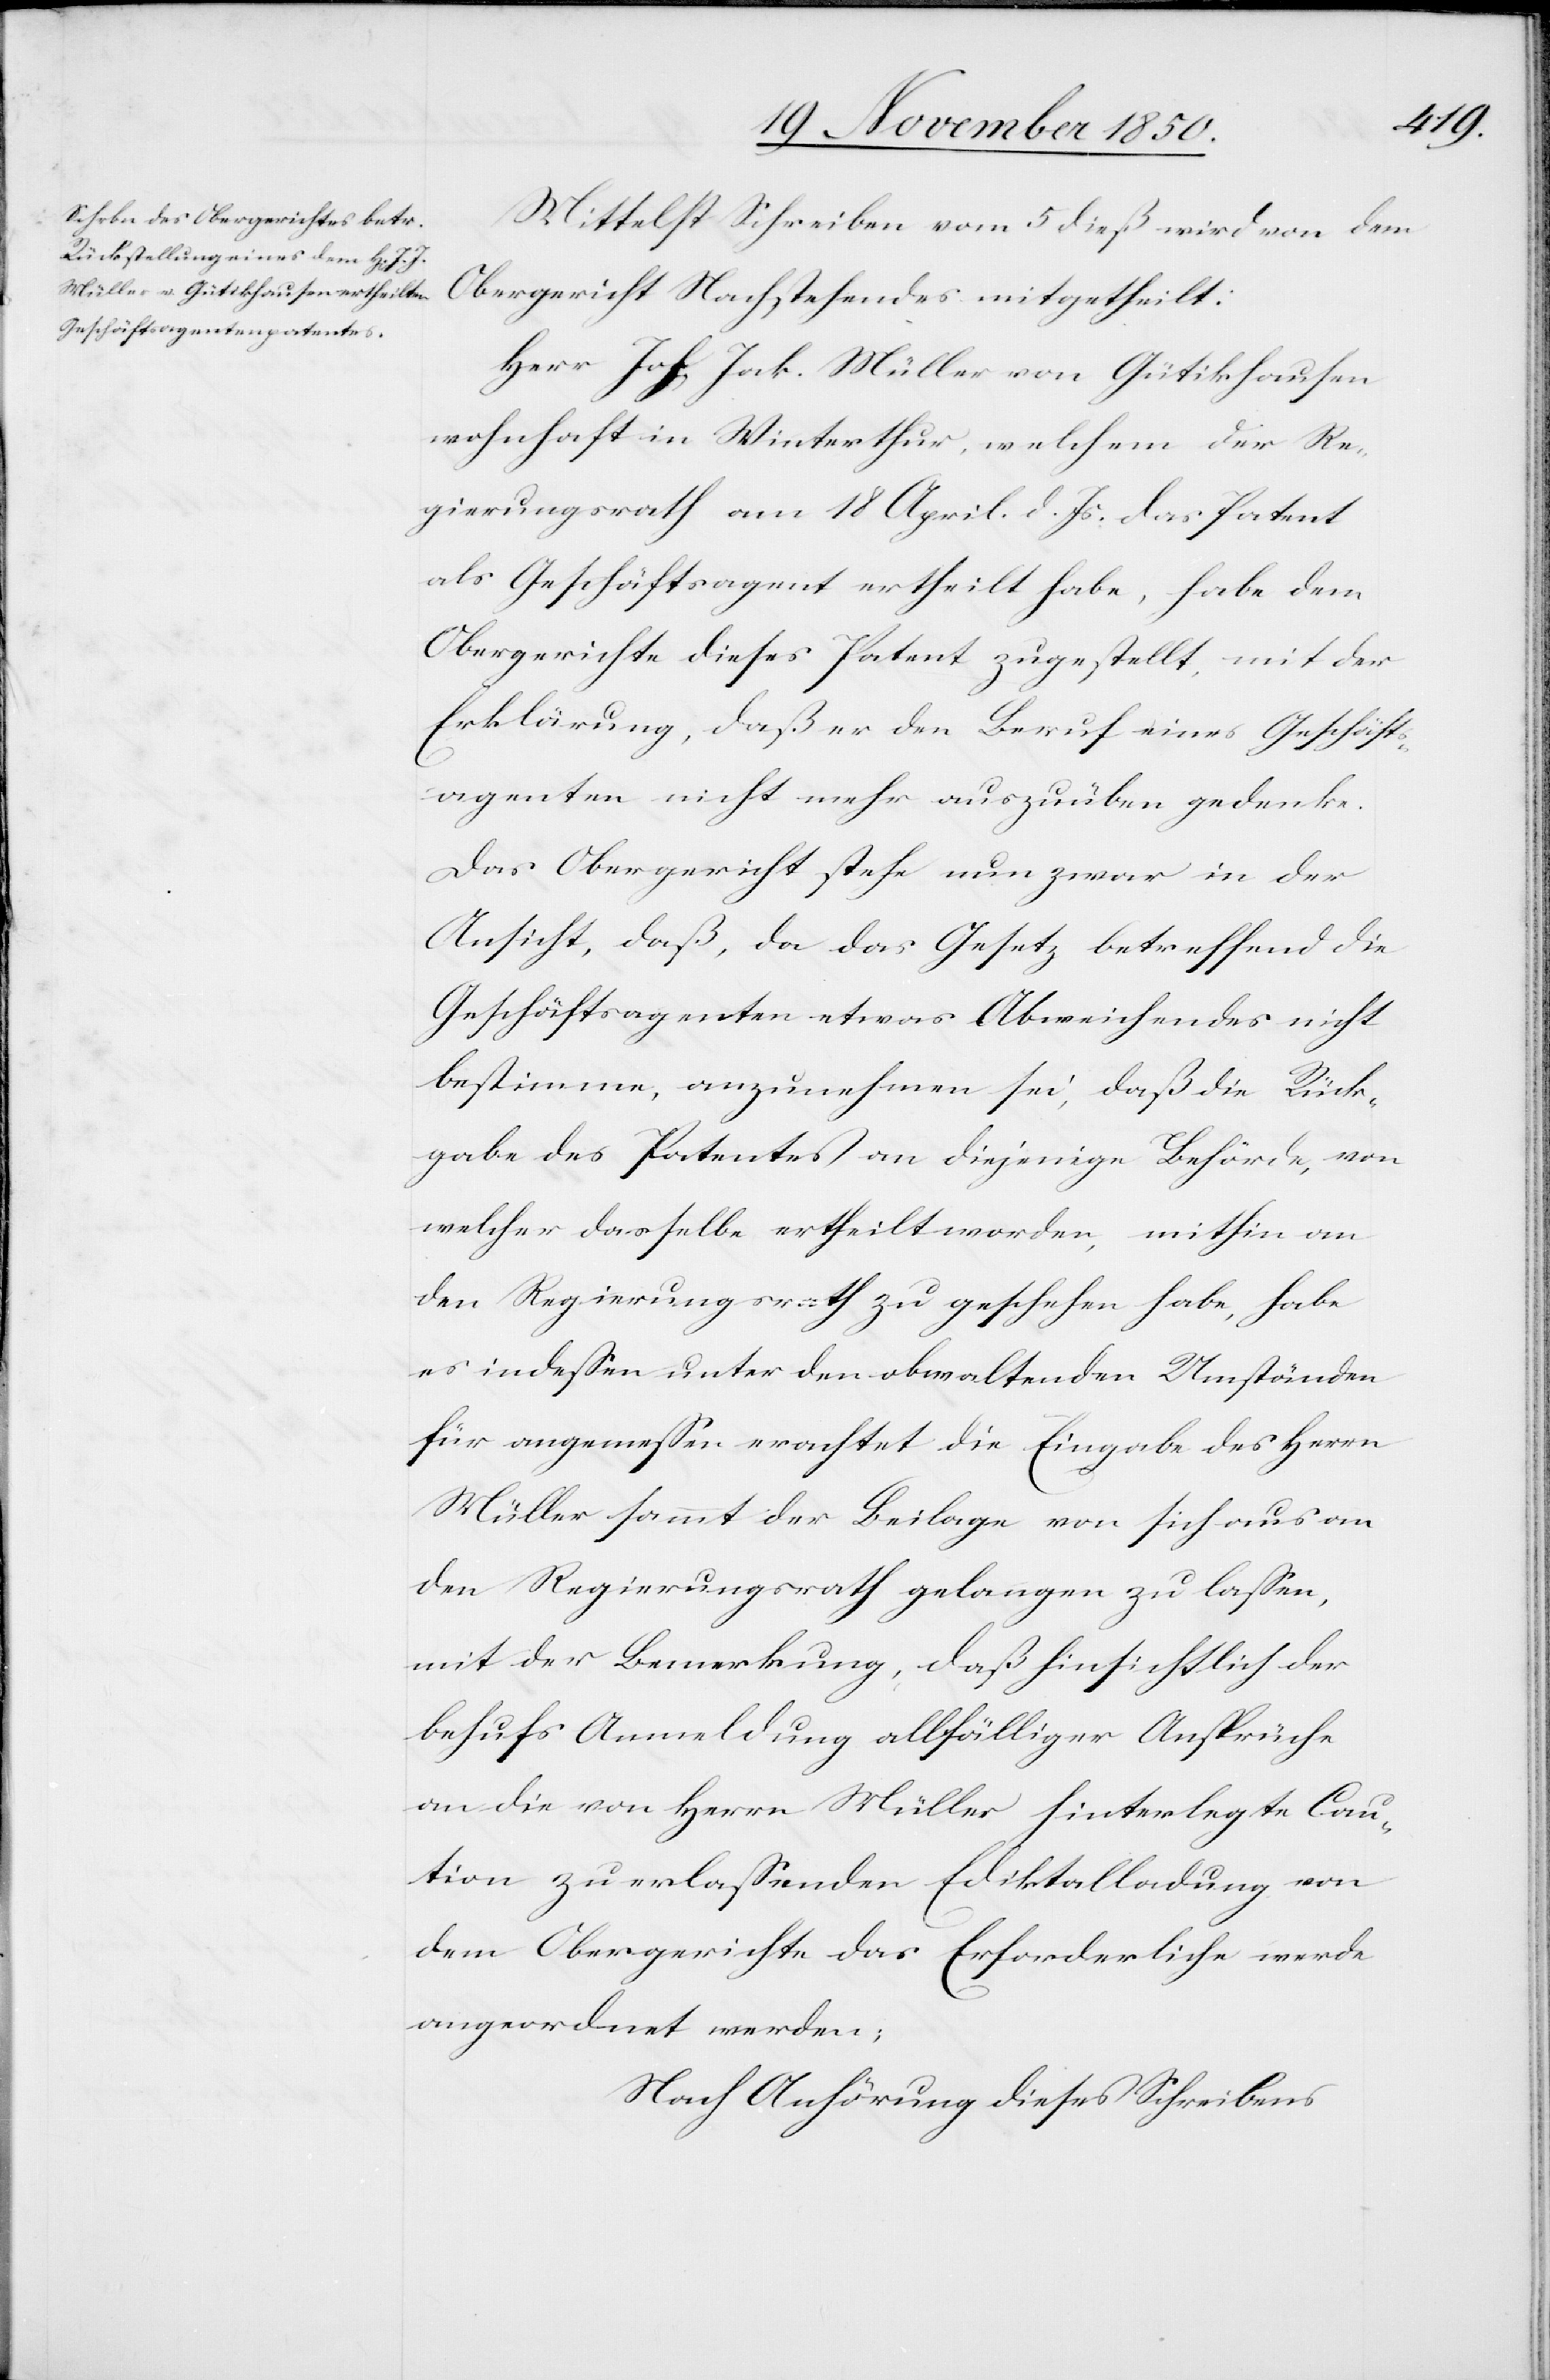
Mittelst Schreiben vom 5 dieß wird von dem
Obergericht Nachstehendes mitgetheilt:
Herr Joh. Jak. Müller von Gütikhausen
wohnhaft in Winterthur, welchem der Re¬
gierungsrath am 18 April. d. Js. das Patent
als Geschäftsagent ertheilt habe, habe dem
Obergerichte dieses Patent zugestellt, mit der
Erklärung, daß er den Beruf eines Geschäfts¬
agenten nicht mehr auszuüben bedenke.
Das Obergericht stehe nun zwar in der
Ansicht, daß, da das Gesetz betreffend die
Geschäftsagenten etwas Abweichendes nicht
bestimme, anzunehmen sei, daß die Rück¬
gabe des Patentes an diejenige Behörde, von
welcher dasselbe ertheilt worden, mithin an
den Regierungsrath zu geschehen habe, habe
es indessen unter den obwaltenden Umständen
für angemessen erachtet die Eingabe des Herrn
Müller sammt der Beilage von sich aus an
den Regierungsrath gelangen zu lassen,
mit der Bemerkung, daß hinsichtlich der
behufs Anmeldung allfälliger Ansprüche
an die von Herrn Müller hinterlegte Cau¬
tion zu erlassenden Ediktalladung von
dem Obergerichte das Erforderliche werde
angeordnet werden;
Nach Anhörung dieses Schreibens